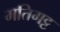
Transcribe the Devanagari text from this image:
मतिगट्ट